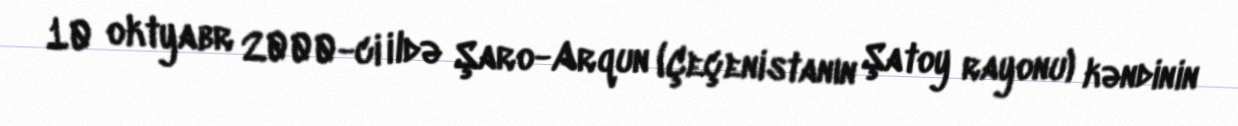
10 oktyabr 2000-ci ildə Şaro-Arqun (Çeçenistanın Şatoy rayonu) kəndinin